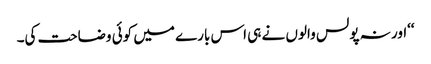
‘‘اور نہ پولس والوں نے ہی اس بارے میں کوئی وضاحت کی۔